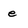
Character: e